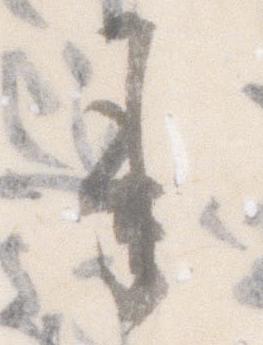
承